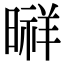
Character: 㬕